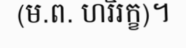
(ម.ព. ហរិរក្ខ)។